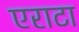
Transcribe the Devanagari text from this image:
एराटा